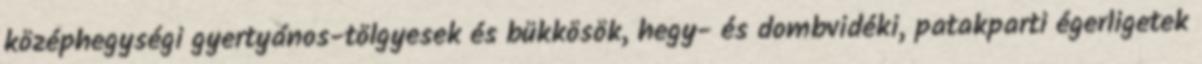
középhegységi gyertyános-tölgyesek és bükkösök, hegy- és dombvidéki, patakparti égerligetek